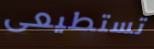
تستطيعى